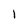
Character: 1